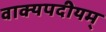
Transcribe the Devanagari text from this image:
वाक्यपदीयम्